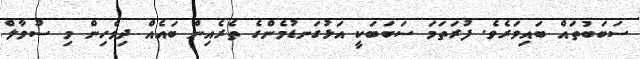
ސަބަބުތައް ބައިވަރެވެ. ފުރަތަމަ ސަބަބަކީ އަޅުގަނޑުމެންގެ ތެރެއިން ބައެއް ދިވެހިން މި ސުވާލް